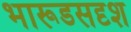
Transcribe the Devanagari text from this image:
भारूडसदृश